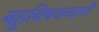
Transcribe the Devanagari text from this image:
बहुविषयव्यापी